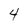
Character: 4